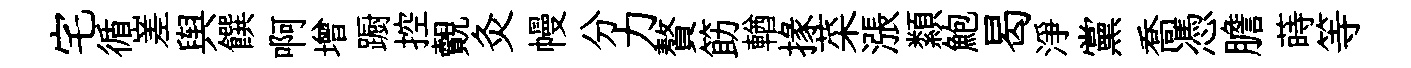
宅循嵳舆饌啊增蹰控覿灸幔分力贅筯輶掾菜漲纇鮑曷淨黨喬憑膽蒔等